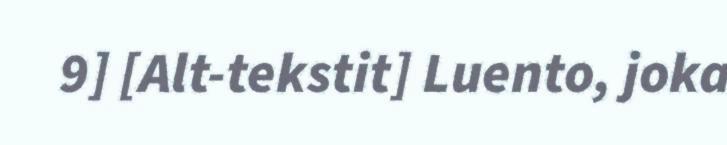
9] [Alt-tekstit] Luento, joka